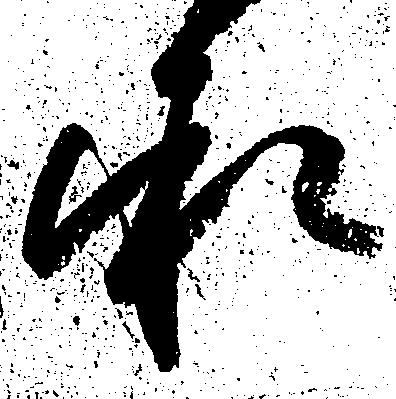
承